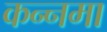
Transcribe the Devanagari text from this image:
कन्नमा